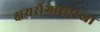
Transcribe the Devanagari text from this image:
क्षयरोगासारखा